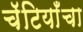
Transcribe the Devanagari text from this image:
चॅटियाँचा